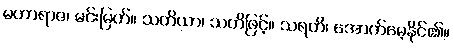
မဟာရာဇ၊ မင်းမြတ်။ သတိယာ၊ သတိဖြင့်။ သရတိ၊ အောက်မေ့နိုင်၏။